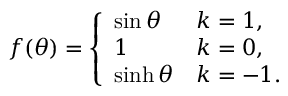
f ( \theta ) = \left\{ \begin{array} { l l } { { \sin \theta } } & { { k = 1 , } } \\ { { 1 } } & { { k = 0 , } } \\ { { \sinh \theta } } & { { k = - 1 . } } \end{array} \right.